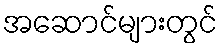
အဆောင်များတွင်